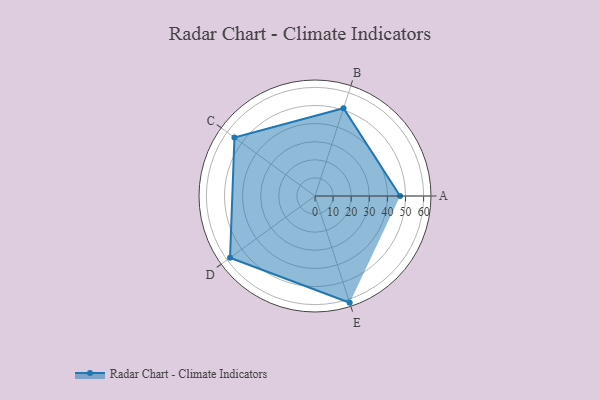
{"axis": {"x": "Skill", "y": "Score"}, "legend": ["Profile"], "data": [{"x": "A", "y": 47.0, "type": "Profile"}, {"x": "B", "y": 51.0, "type": "Profile"}, {"x": "C", "y": 55.0, "type": "Profile"}, {"x": "D", "y": 58.0, "type": "Profile"}, {"x": "E", "y": 62.0, "type": "Profile"}]}